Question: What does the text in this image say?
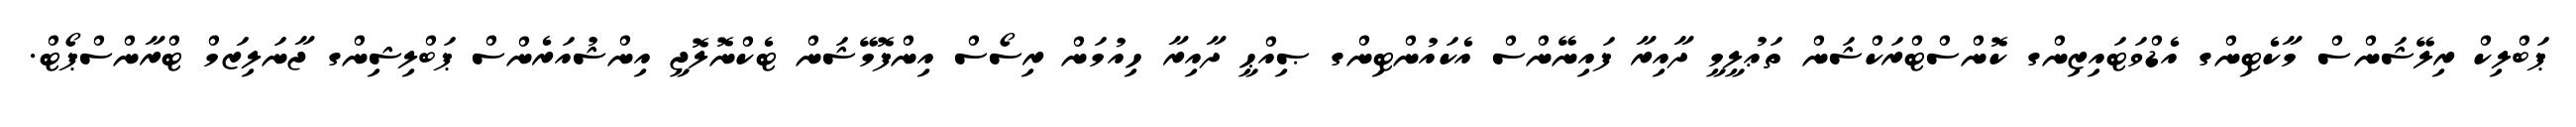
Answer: ޕަބްލިކް ރިލޭޝަންސް މާކެޓިންގ އެޑްވަޓައިޒިންގ ކޮންސްޓްރަކްޝަން ތަޢުލީމީ ދާއިރާ ފައިނޭންސް އެކައުންޓިންގ ޞިއްޙީ ދާއިރާ ހިއުމަން ރިސޯސް އިންފޮމޭޝަން ޓެކްނޮލޮޖީ އިންޝުއަރެންސް ޕަބްލިޝިންގ ޖާނަލިޒަމް ޓްރާންސްޕޯޓް.